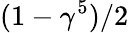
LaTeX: (1-\gamma^{5})/2